Report of the Hyderabad Chloroform Commission
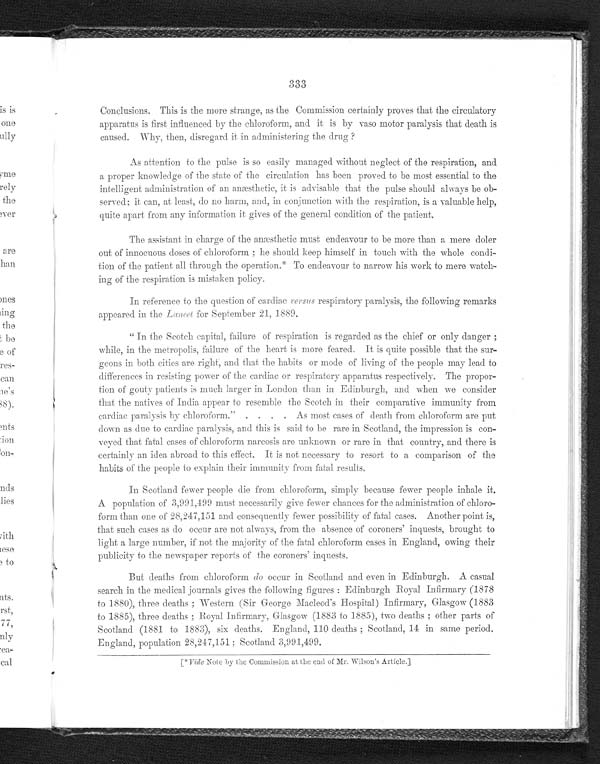
Conclusions. This is the more strange, as the Commission certainly proves that the circulatory
apparatus is first influenced by the chloroform, and it is by vaso motor paralysis that death is
caused. Why, then, disregard it in administering the drug?
As attention to the pulse is so easily managed without neglect of the respiration, and
a proper knowledge of the state of the circulation has been proved to be most essential to the
intelligent administration of an anæsthetic , it is advisable that the pulse should always be ob-
- s e r v e d ; i t c a n , a t l e a s t , d o n o h a r m , a n d , i n c o n j u n c t i o n w i t h t h e r e s p i r a t i o n , i s a v a l u a b l e h e l p ,
quite apart from any information it gives of the general condition of the patient.
The assistant in charge of the anæsthetic must endeavour to be more than a mere doler
out of innocuous doses of chloroform; he should keep himself in touch with the whole condi--
tion of the patient all through the operation,* To endeavour to narrow his work to mere watch--
ing of the respiration is mistaken policy.
In reference to the question of cardiac rersus respiratory paralysis, the following remarks
appeared in the Lancet for September 21, 1889.
"In the Scotch capital, failure of respiration is regarded as the chief or only danger;
while, in the metropolis, failure of the heart is more feared. It is quite possible that the sur--
geons in both cities are right, and that the habits or mode of living of the people may lead to
differences in resisting power of the cardiac or respiratory apparatus respectively. The propor-
-tion of gouty patients is much larger in London than in Edinburgh, and when we consider
that the natives of India appear to resemble the Scotch in their comparative immunity from
cardiac paralysis by chloroform." . . . As most cases of death from chloroform are put
down as due to cardiac paralysis, and this is said to be rare in Scotland, the impression is con-
veyed that fatal cases of chloroform narcosis are unknown or rare in that country, and there is
certai nl y an i dea abroad to thi s effect. It i s not, necessary to resort to a compari son of the
habits of the people to explain their immunity from fatal. results.
In Scotland fewer people die from chloroform, simply because fewer people inhale it.
A population of 3,991,499 must necessarily give fewer chances for the administration of chloro--
form than one of 28,247,151 and consequently fewer possibility of fatal cases. Another point is,
that such cases as do occur are not always, from the absence of coroners' inquests, brought to
light a large number, if not the majority of the fatal chloroform cases in England, owing their
publicity to the newspaper reports of the coroners inquests.
But deaths from chloroform do occur in Scotland and even in Edinburgh. A casual
search in the medical journals gives the following figures: Edinburgh Royal Infirmary (1878
to 1880), three deaths; Western (Sir George Macleod's Hospital) Infirmary, Glasgow (1883
to 1885), three deaths; Royal Infirmary, Glasgow (1883 to 1885), two deaths; other parts of
Scotland (1881 to 1883), six deaths. England, 110 deaths; Scotland, 14 in same period,
England, population 28,247,151; Scotland 3,991,499.
[
*Vide Note by the Commission at the end of Mr. Wilson's Article.]